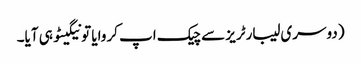
(دوسری لیبارٹریز سے چیک اپ کروایا تو نیگیٹو ہی آیا۔